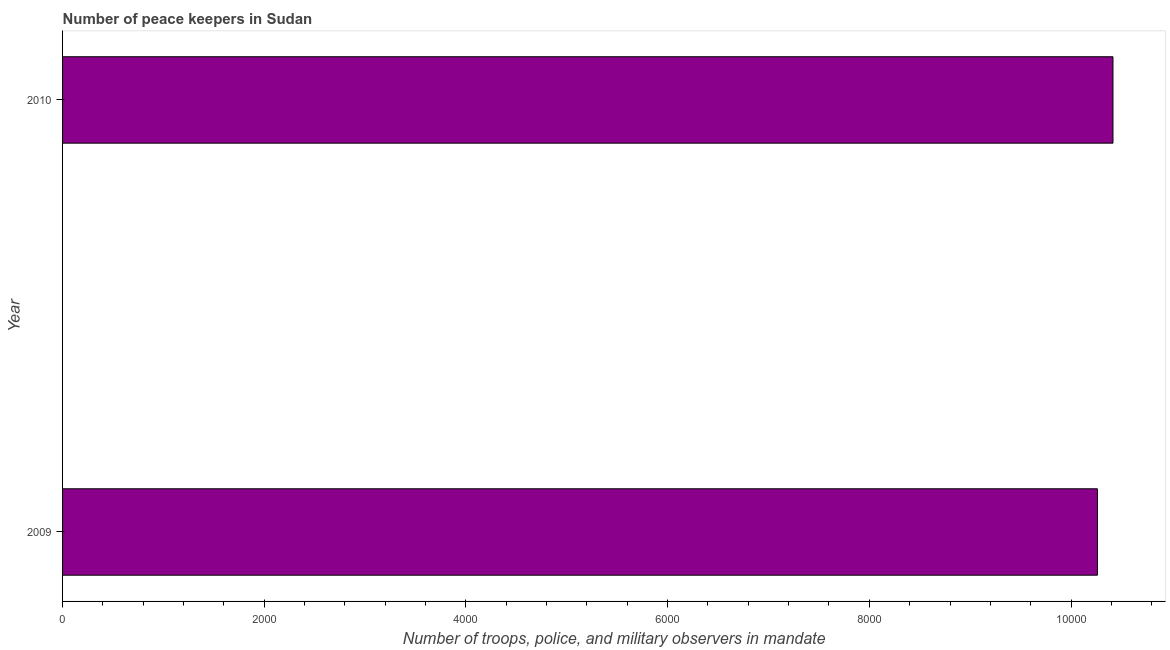
| Year | Presence of peace keepers |
 | --- | --- |
 | 2009 | 1.03e+04 |
 | 2010 | 1.04e+04 |